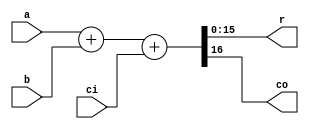
module adder_16b(
	input [15:0] a,
	input [15:0] b,
	input ci,
	output [15:0] r,
	output co
	);
	
	assign {co, r} = a + b + ci;

endmodule